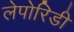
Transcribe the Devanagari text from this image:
लेपोरिडी